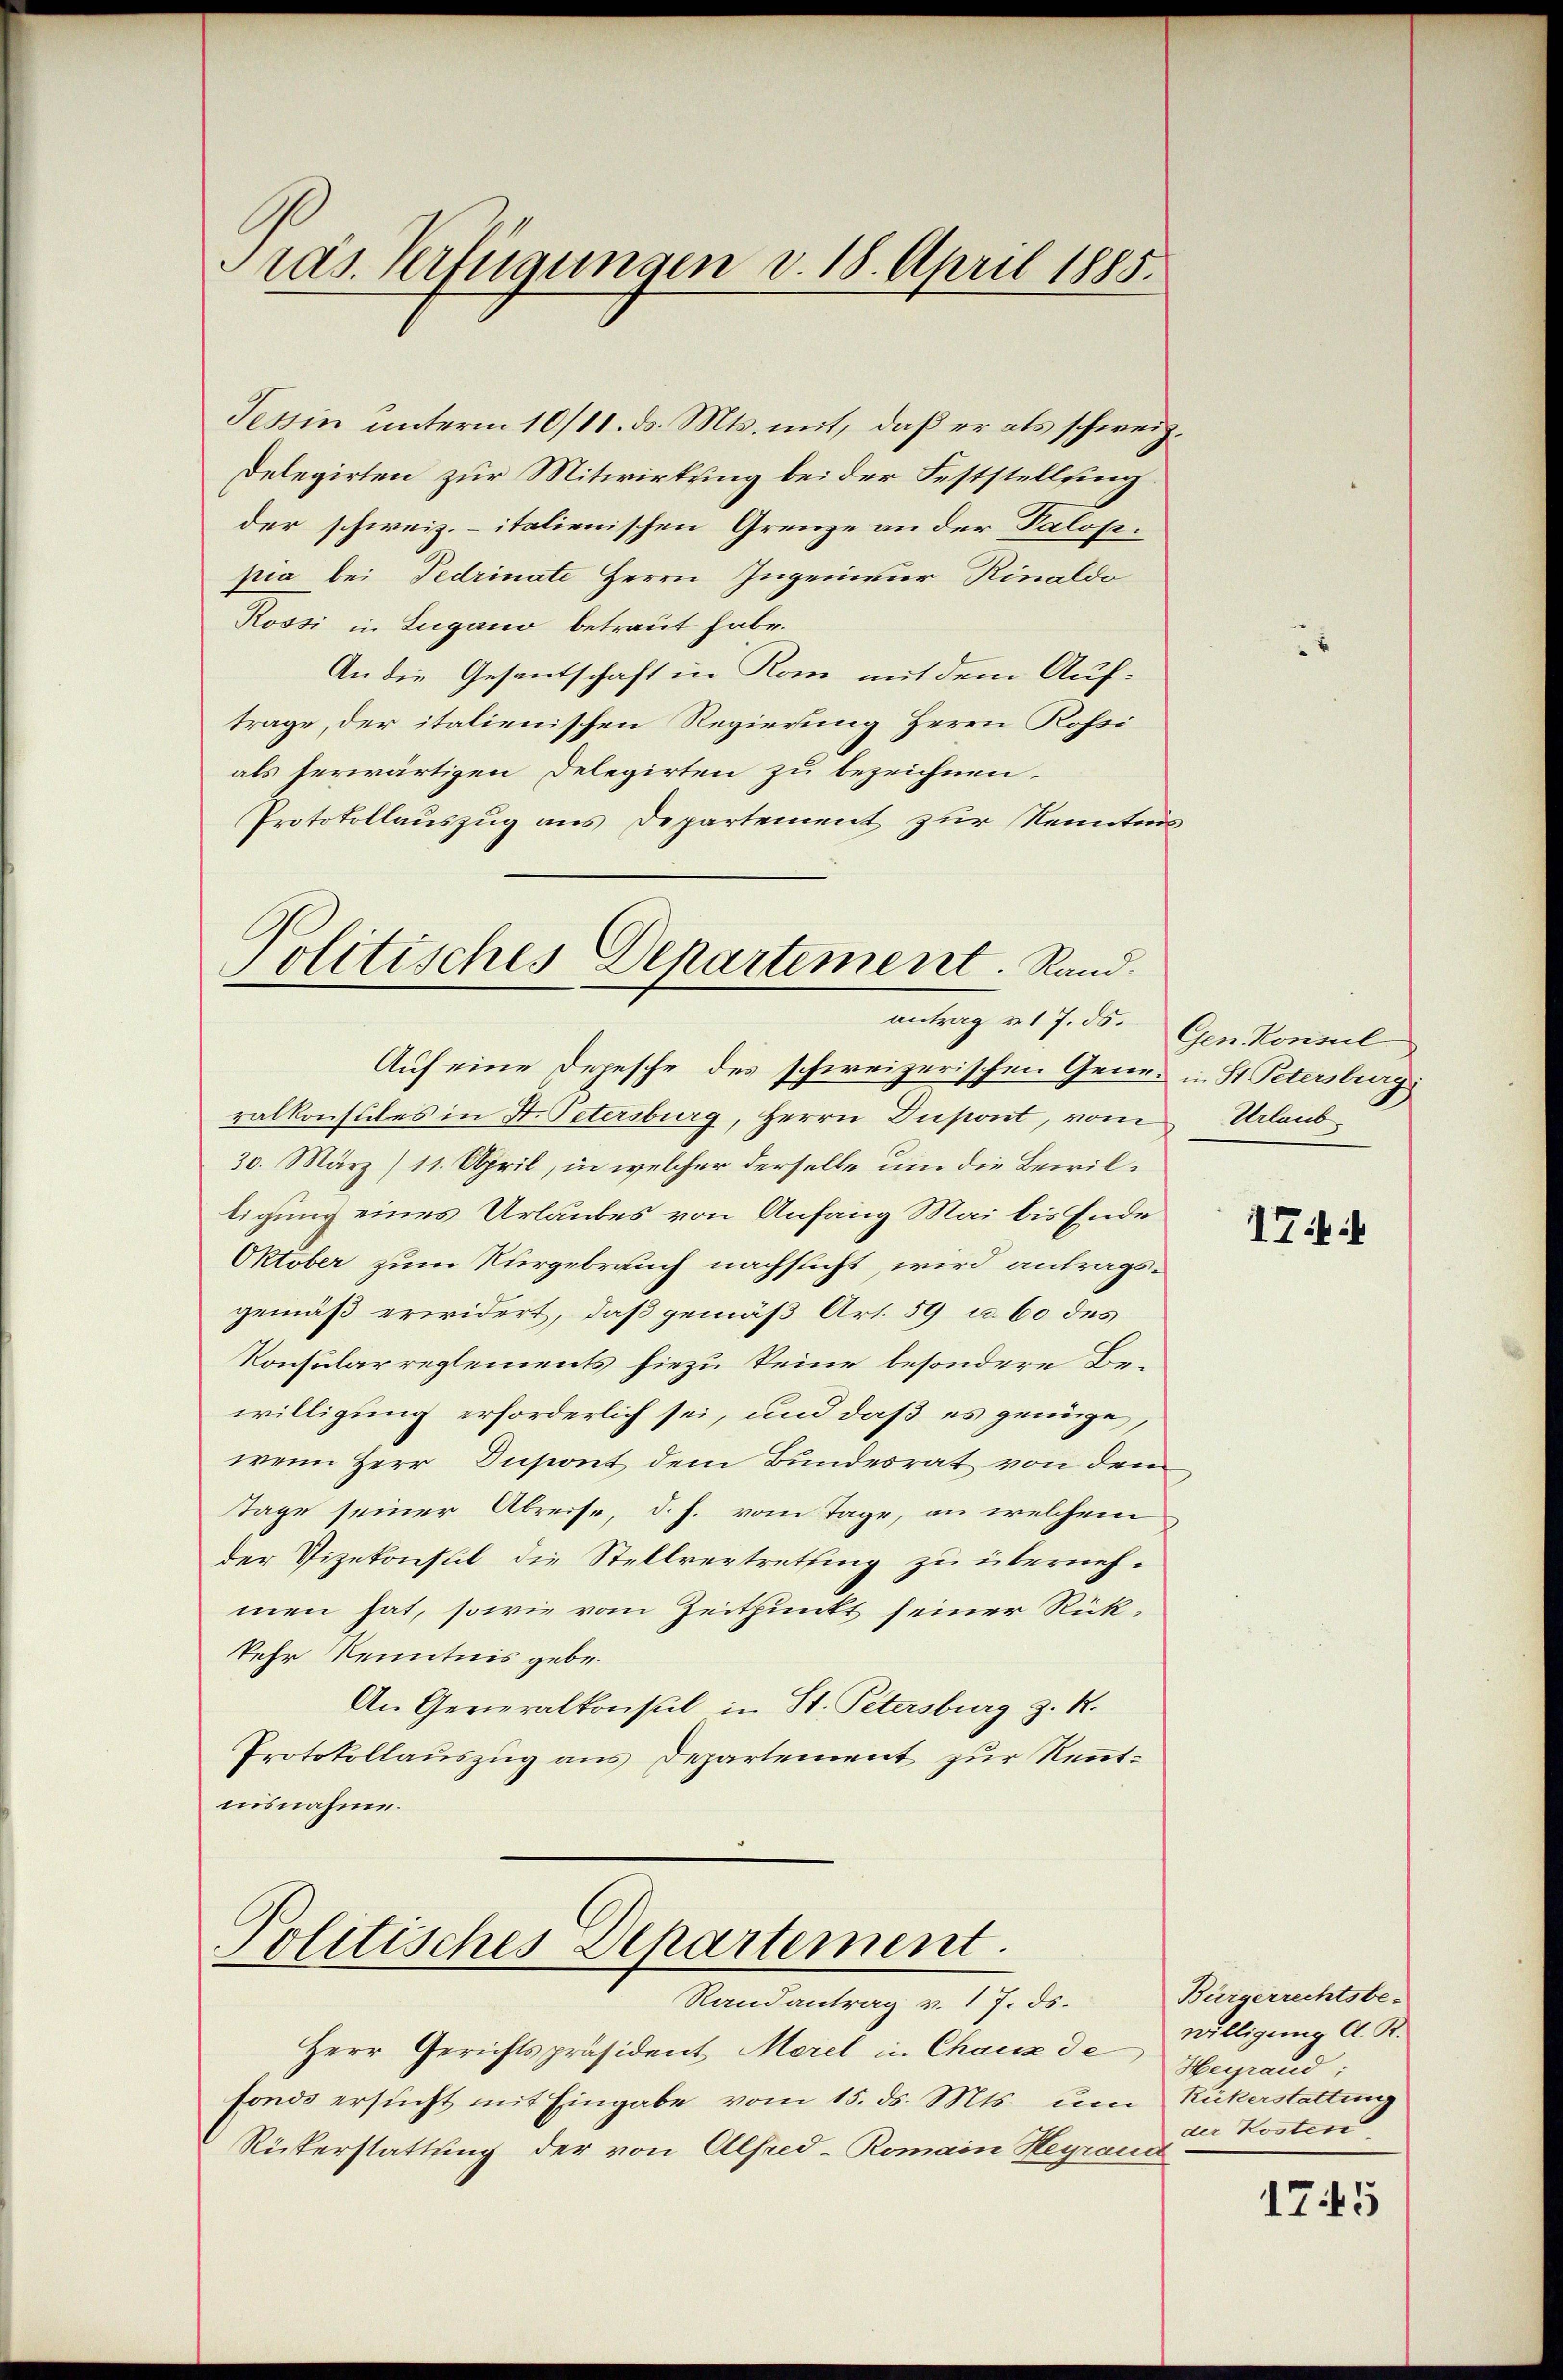
Pras. Verfügungen v. 18. April 1885.

Tessin ŭnterm 10/11. ds. Mts. mit, daβ er als schweiz
Delegirten zur Mitwirkung bei der Feststellung
der schweiz. italienischen Grenze an der Paloppia bei Pedrinate Herrn Ingenieur Rinaldo
Rossi in Zugano betraut habe.
An die Gesantschaft in Rom mit dem Auftrage, der italienischen Regierung Herrn Rossi
als herwärtigen Delegirten zu bezeichnen.
Protokollauszug aus Departement zur Kenntnis

Politisches Departement. Rand.
antrag v. 17. ds.

Politisches Departement.
Randantrag v. 17. ds.

Herr Gerichtspräsident Morel in Chauz de
fonds ersucht mit Eingabe vom 15. ds. Mts. um
Rükerstattung der von Alfred - Romain Heyrand

Gen Konsul

Auf eine Depesche des schweizerischen Gener in St. Petersburg
ralkonsuches in St. Petersburg, Herrn Dupont, vom Urlaub¬
30. März/11. April, in welcher derselbe um die Bewiltigung eines Urlaubes von Anfang Mai bis Ende
Oktober zum Nurgebrauch nachsicht, wird antragsgemäß erwidert, daß gemäß Art. 59 u. 60 des
Konsularreglements hiezu keine besondere Bewilligung erforderlich sei, und daß es genüge,
wenn Herr Insont dem Bundesrat von dem
Tage seiner Abreise, d. h. vom Tage, an welchem
der Vizekonsul die Stellvertretting zu übernehmen hat, sowie vom Zeitpunkt seiner Rückkehr Kenntnis gebe.
An Generalkonsul in St. Petersburg z. R.
Protokollauszug aus Departement zur Renntnisnahme.

17 i

Bürgerrechtsbe-
willigung d. R.
Heyrand
Rükerstattung
der Kosten

1745